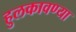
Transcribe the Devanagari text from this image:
हुलकावण्या